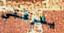
يشرفني